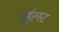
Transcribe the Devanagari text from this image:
वर्हुल्स्ट